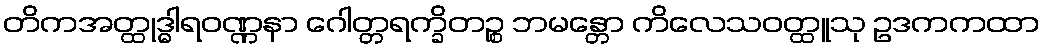
တိကအတ္ထုဒ္ဓါရဝဏ္ဏနာ ဂေါတ္တရက္ခိတဉ္စ ဘမန္တော ကိလေသဝတ္ထူသု ဥဒကကထာ